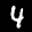
Label: 4